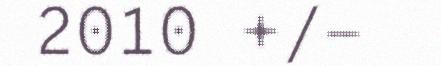
2010 +/-